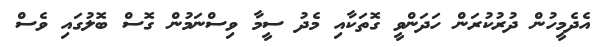
އެދެމީހުން ދުރުކުރަން ހަދަންވީ ގޮތަކާއި މެދު ސީމާ ވިސްނަމުން ގޮސް ބޮލުގައި ވެސް